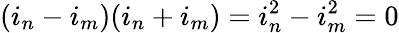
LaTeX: (i_{n}-i_{m})(i_{n}+i_{m})=i_{n}^{2}-i_{m}^{2}=0